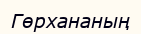
Гөрхананың